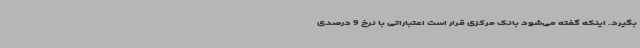
بگیرد. اینکه گفته می‌شود بانک مرکزی قرار است اعتباراتی با نرخ 9 درصدی